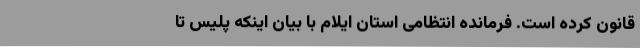
قانون کرده است. فرمانده انتظامی استان ایلام با بیان اینکه پلیس تا